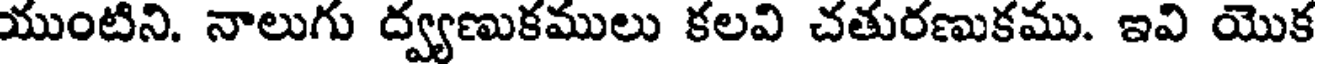
యుంటిని. నాలుగు ద్వ్యణుకములు కలవి చతురణుకము. ఇవి యొక